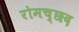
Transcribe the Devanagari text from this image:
रोमच्छद